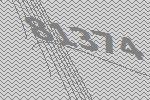
81374